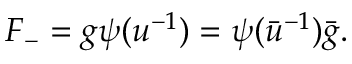
F _ { - } = g \psi ( u ^ { - 1 } ) = \psi ( \bar { u } ^ { - 1 } ) \bar { g } .